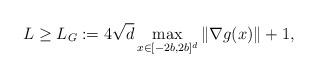
LaTeX: \begin{align*}L\ge L_G:=4\sqrt{d} \max_{x\in [-2b, 2b]^d} \|\nabla g(x)\| +1,\end{align*}